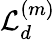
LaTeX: {\cal L}_{d}^{(m)}